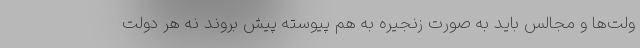
ولت‌ها و مجالس باید به صورت زنجیره به هم پیوسته پیش بروند نه هر دولت